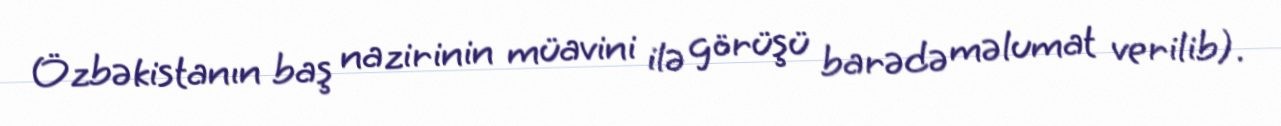
Özbəkistanın baş nazirinin müavini ilə görüşü barədə məlumat verilib).